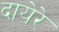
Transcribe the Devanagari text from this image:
दायेरे